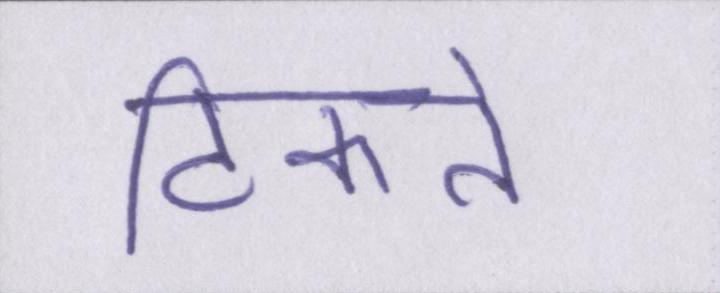
टिकते